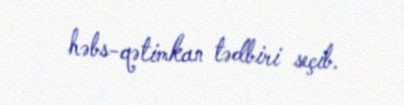
həbs-qətimkan tədbiri seçib.